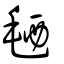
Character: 毢